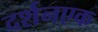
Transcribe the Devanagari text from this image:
दर्शनएक